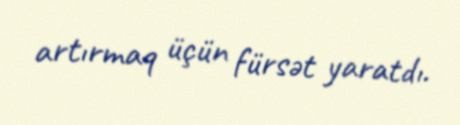
artırmaq üçün fürsət yaratdı.